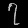
Digit: ၇